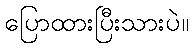
ပြောထားပြီးသားပဲ။